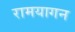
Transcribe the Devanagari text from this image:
रामयागन